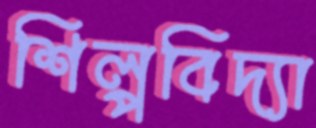
শিল্পবিদ্যা